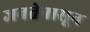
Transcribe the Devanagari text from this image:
जनतेपासून